system: You are a helpful assistant.
user:
Analyze the provided spectrum to determine if it is a **S-type Star**.

- **Key Indicators for S-type Star:**

    - **(Overall Spectrum Shape):** The first and most obvious characteristic is the overall continuum (the "baseline" shape). It is **extremely "red-sloping,"** meaning the flux (light intensity) is very low on the left side (blue, ~4000-4500 Å) and rises steeply and continuously toward the right side (red, ~7000 Å+).

    - **(Primary):** The spectrum is defined by the presence of strong, broad molecular absorption "valleys" (bands) from **Zirconium Oxide (ZrO)**. The identification of these bands is the **primary requirement** for classifying a star as S-type.
        - **(Key Bandheads):** You must find distinct, deep "dips" where the light has been absorbed. The most critical band systems to locate are:
            - **~6474 Å** ($\gamma$-system): This is often the strongest and clearest ZrO feature, found in the red part of the spectrum.
            - **~5718 Å** & **~5551 Å** ($\beta$-system): A pair of prominent absorption features in the yellow-orange part of the spectrum.
            - **~4640 Å** ($\alpha$-system): A key absorption band system in the blue-green region of the spectrum.

    - **(Secondary Confirmation):** The classification is strengthened by finding additional absorption bands from other related heavy element oxides, which are expected to be present alongside ZrO.
        - **(Key Bandheads):**
            - **Yttrium Oxide (YO):** Look for absorption dips near **~4800 Å** and **~6100 Å**.
            - **Lanthanum Oxide (LaO):** Additional absorption features, particularly in the red-orange part of the spectrum, are also characteristic.

    - **(Line Profile):** The combination of the steep red continuum and these numerous, deep molecular bands (ZrO, YO, etc.) gives the entire spectrum a very **"chopped-up"** or **"bumpy"** appearance. Instead of a smooth curve, the spectrum looks as though large, wide chunks of light have been "carved out" of it at the specific wavelengths listed above.

Think first, call **spectral_visualization_tool** if needed to examine features in detail, then provide your final answer. Your response must adhere to the following strict rules:
1.  **Overall Structure:** Your response must follow the format `<think>...</think> <tool_call>...</tool_call> (if a tool is used) <answer>...</answer>`.
2.  **Tool Usage Constraint:** You may only make **one** tool call per turn.
3.  **Final Answer Format:** In the `<answer>` tag, your conclusion must be inside a `\boxed{}` command (e.g., `\boxed{YES}` or `\boxed{NO}`), followed by your justification.

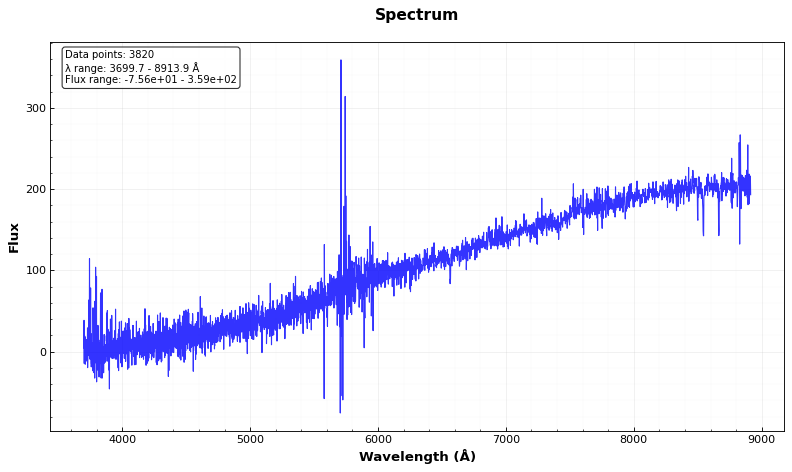
Answer: NO